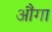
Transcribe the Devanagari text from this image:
औंगा